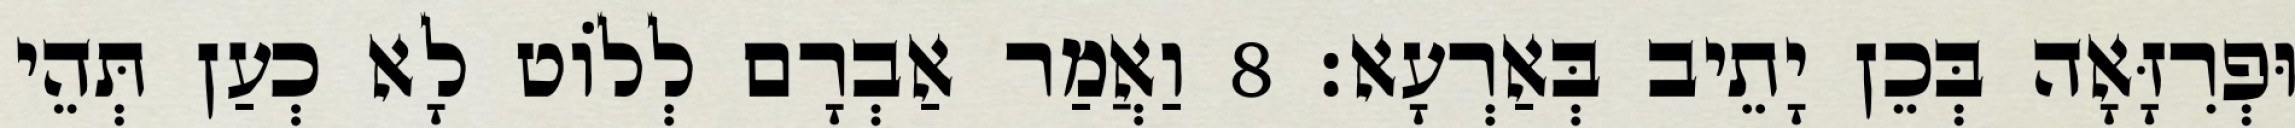
וּפְרִזָּאָה בְּכֵן יָתֵיב בְּאַרְעָא׃ 8 וַאֲמַר אַבְרָם לְלוֹט לָא כְעַן תְּהֵי